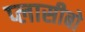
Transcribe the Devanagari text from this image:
प्लासीबो